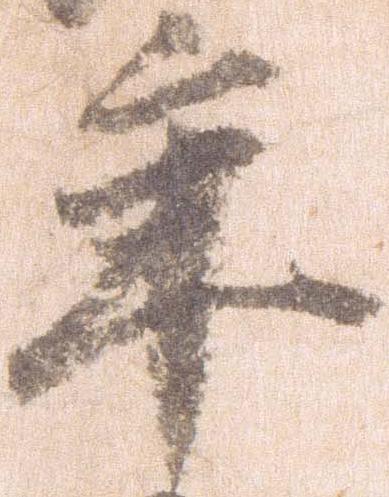
年